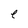
Character: e